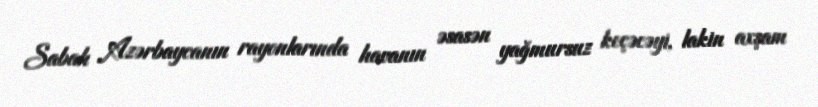
Sabah Azərbaycanın rayonlarında havanın əsasən yağmursuz keçəcəyi, lakin axşam